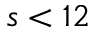
s < 1 2